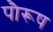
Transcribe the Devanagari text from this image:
पौरूष